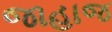
જાહાજ